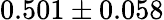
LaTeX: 0.501\pm 0.058